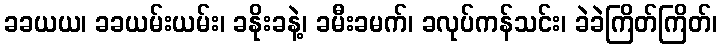
ခခယယ၊ ခခယမ်းယမ်း၊ ခနိုးခနဲ့၊ ခမီးခမက်၊ ခလုပ်ကန်သင်း၊ ခဲခဲကြိတ်ကြိတ်၊